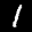
Label: 1